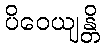
ပိဝေယျန္တိ